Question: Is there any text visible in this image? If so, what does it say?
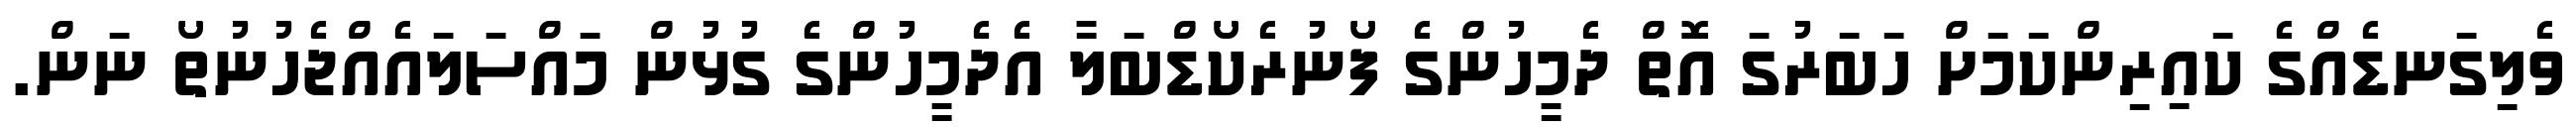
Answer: ވެލިގަނޑެއްގެ ކައިރިންކަމަށް ހަބަރުގަ އޮތް ދެމީހުންގެ ފޯނުރެކޯޑްބަލާ އެދެމީހުންގެ ގުޅުން މައްސަލައެއްޖެހުނުތޯ ނަން.